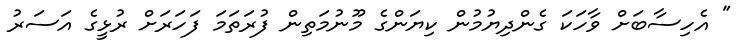
" އެހިސާބަށް ވާހަކަ ގެންދިޔުމުން ކިޔަންގެ މޫނުމަތިން ފުރަތަމަ ފަހަރަށް ރުޅީގެ އަސަރު